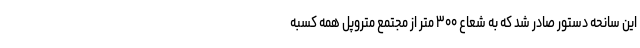
این سانحه دستور صادر شد که به شعاع ۳۰۰ متر از مجتمع متروپل همه کسبه